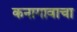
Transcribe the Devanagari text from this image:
कनागावाचा